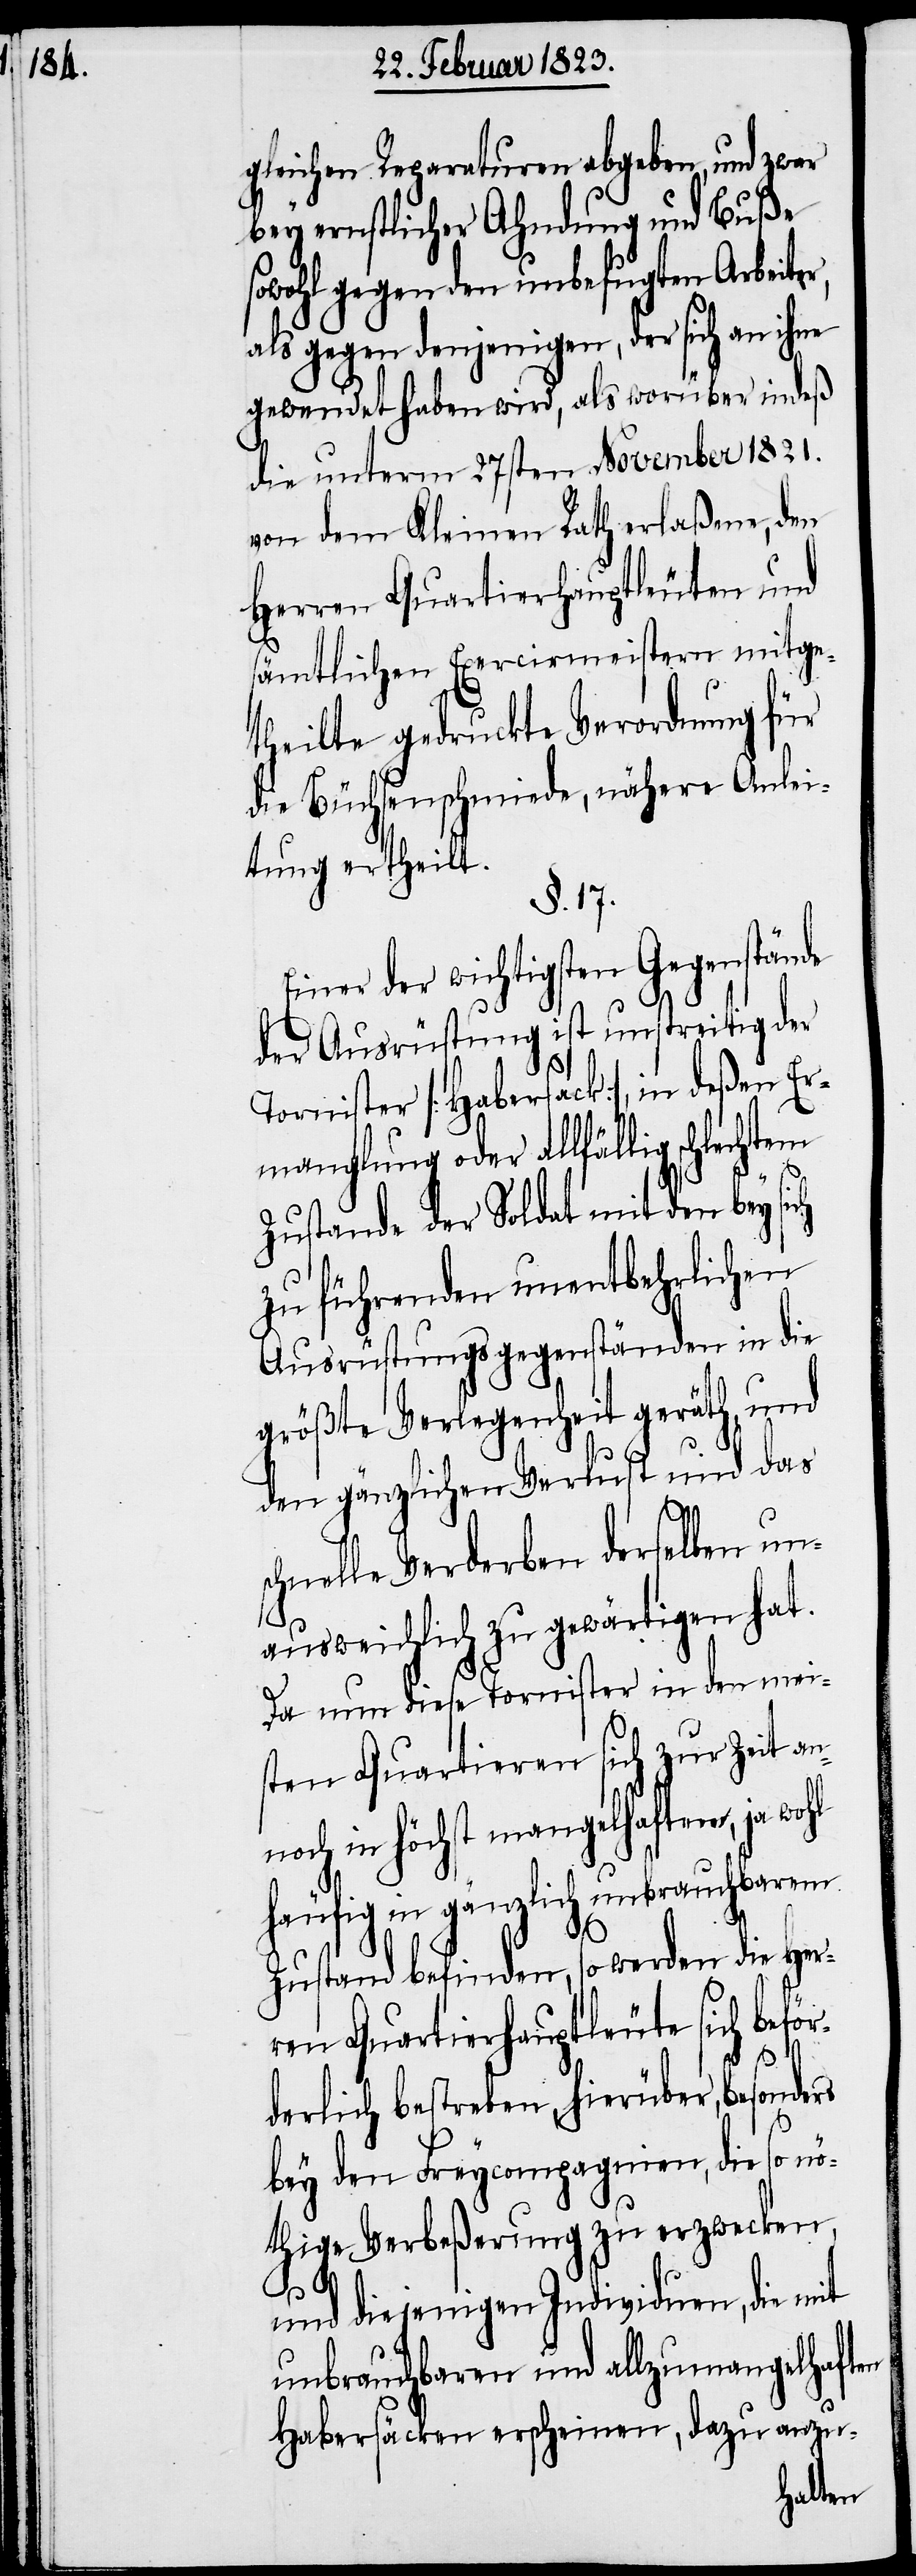
gleichen Reparaturen abgeben, und zwar
bey ernstlicher Ahndung und Buße
sowohl gegen den unbefugten Arbeite¬
als gegen denjenigen, der sich an ihne
gewendet haben wird, als worüber indeß
die unterm 27sten November 1821.
von dem Kleinen Rath erlaßene, den
Herren Quartierhauptleuten und
sämtlichen Exercirmeistern mitge¬
theilte gedruckte Verordnung für
die Büchsenschmiede, nähere Anlei¬
tung ertheilt.
§. 17.
Einer der wichtigsten Gegenstände
der Ausrüstung ist unstreitig der
Tornister [Habersack], in deßen Er¬
manglung oder allfällig schlec¬
htem
Zustande der Soldat mit den bey sich
zu führenden unentbehrlichen
Ausrüstungsgegenständen in die
größte Verlegenheit geräth, und
den gänzlichen Verlust und das
schnelle Verderben derselben un¬
ausweichlich zu gewärtigen hat.
Da nun diese Tornister in den mei¬
sten Quartieren sich zur Zeit an¬
noch in höchst mangelhaftem, ja
unbrauchbarem
häufig in gänzlich
Zustand befinden, so werden die Her¬
ren Quartierhauptleute sich beför¬
derlich bestreben, hierüber, besonders
bey den Freycompagnien, die so nö¬
thige Verbeßerung zu erzwecken,
und diejenigen Individuen, die mit
unbrauchbaren und allzumangelhaften
Habersäcken erscheinen, dazu anzu-